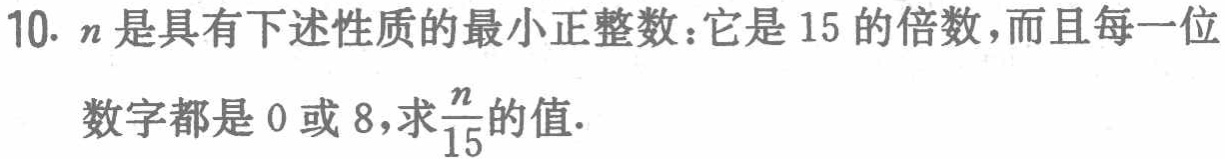
10. \(n\)是具有下述性质的最小正整数：它是\(15\)的倍数，而且每一位数字都是\(0\)或\(8\)，求\(\frac{n}{15}\)的值.